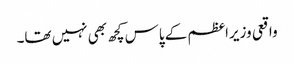
واقعی وزیراعظم کے پاس کچھ بھی نہیں تھا۔